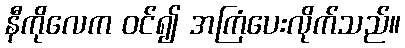
နီကိုလေက ဝင်၍ အကြံပေးလိုက်သည်။